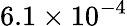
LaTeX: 6.1\times 10^{-4}